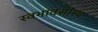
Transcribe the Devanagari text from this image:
स्वभावसाम्य